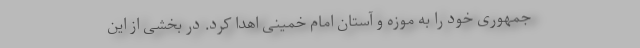
‌جمهوری خود را به موزه و آستان امام خمینی اهدا كرد. در بخشی از این